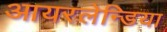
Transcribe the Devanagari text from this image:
आयरलेन्डिया